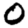
Digit: 0